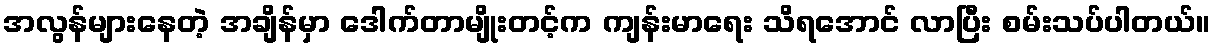
အလွန်များနေတဲ့ အချိန်မှာ ဒေါက်တာမျိုးတင့်က ကျန်းမာရေး သိရအောင် လာပြီး စမ်းသပ်ပါတယ်။